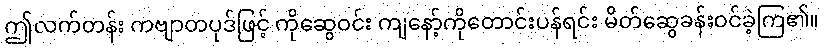
ဤလက်တန်း ကဗျာတပုဒ်ဖြင့် ကိုဆွေဝင်း ကျနော့်ကိုတောင်းပန်ရင်း မိတ်ဆွေခန်းဝင်ခဲ့ကြ၏။